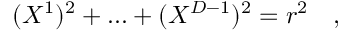
( X ^ { 1 } ) ^ { 2 } + . . . + ( X ^ { D - 1 } ) ^ { 2 } = r ^ { 2 } \quad ,